system: You are a helpful assistant.
user:
Analyze the provided spectrum to determine if it is a **S-type Star**.

- **Key Indicators for S-type Star:**

    - **(Overall Spectrum Shape):** The first and most obvious characteristic is the overall continuum (the "baseline" shape). It is **extremely "red-sloping,"** meaning the flux (light intensity) is very low on the left side (blue, ~4000-4500 Å) and rises steeply and continuously toward the right side (red, ~7000 Å+).

    - **(Primary):** The spectrum is defined by the presence of strong, broad molecular absorption "valleys" (bands) from **Zirconium Oxide (ZrO)**. The identification of these bands is the **primary requirement** for classifying a star as S-type.
        - **(Key Bandheads):** You must find distinct, deep "dips" where the light has been absorbed. The most critical band systems to locate are:
            - **~6474 Å** ($\gamma$-system): This is often the strongest and clearest ZrO feature, found in the red part of the spectrum.
            - **~5718 Å** & **~5551 Å** ($\beta$-system): A pair of prominent absorption features in the yellow-orange part of the spectrum.
            - **~4640 Å** ($\alpha$-system): A key absorption band system in the blue-green region of the spectrum.

    - **(Secondary Confirmation):** The classification is strengthened by finding additional absorption bands from other related heavy element oxides, which are expected to be present alongside ZrO.
        - **(Key Bandheads):**
            - **Yttrium Oxide (YO):** Look for absorption dips near **~4800 Å** and **~6100 Å**.
            - **Lanthanum Oxide (LaO):** Additional absorption features, particularly in the red-orange part of the spectrum, are also characteristic.

    - **(Line Profile):** The combination of the steep red continuum and these numerous, deep molecular bands (ZrO, YO, etc.) gives the entire spectrum a very **"chopped-up"** or **"bumpy"** appearance. Instead of a smooth curve, the spectrum looks as though large, wide chunks of light have been "carved out" of it at the specific wavelengths listed above.

Think first, call **spectral_visualization_tool** if needed to examine features in detail, then provide your final answer. Your response must adhere to the following strict rules:
1.  **Overall Structure:** Your response must follow the format `<think>...</think> <tool_call>...</tool_call> (if a tool is used) <answer>...</answer>`.
2.  **Tool Usage Constraint:** You may only make **one** tool call per turn.
3.  **Final Answer Format:** In the `<answer>` tag, your conclusion must be inside a `\boxed{}` command (e.g., `\boxed{YES}` or `\boxed{NO}`), followed by your justification.

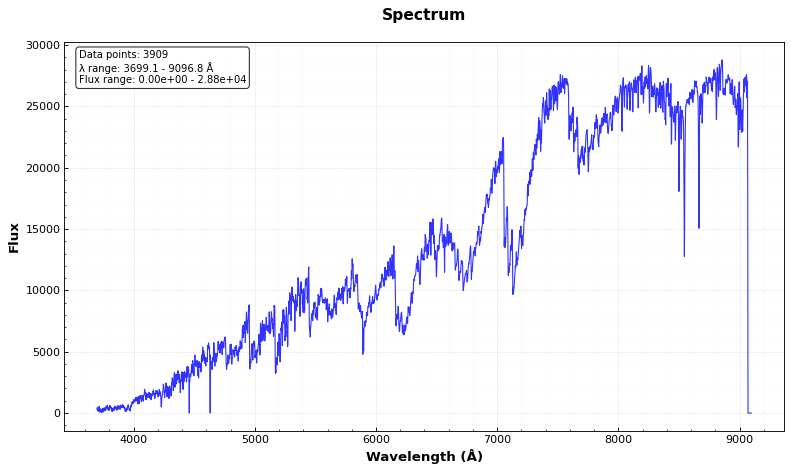
Answer: YES